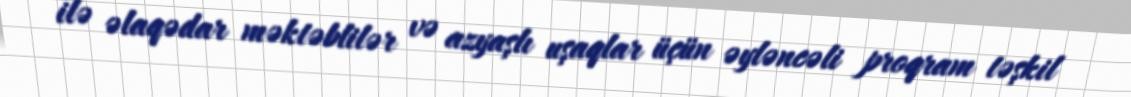
ilə əlaqədar məktəblilər və azyaşlı uşaqlar üçün əyləncəli proqram təşkil